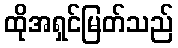
ထိုအရှင်မြတ်သည်